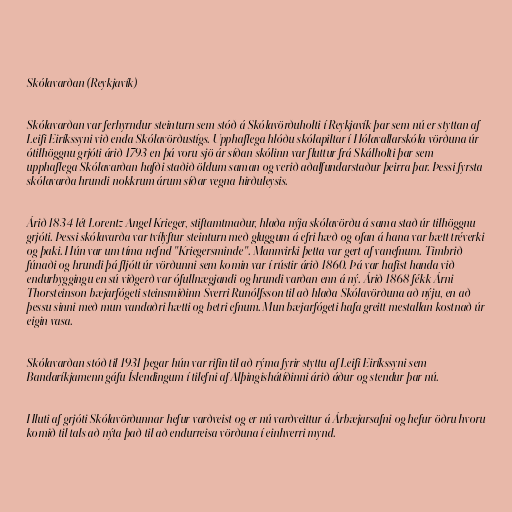
Skólavarðan (Reykjavík)

Skólavarðan var ferhyrndur steinturn sem stóð á Skólavörðuholti í Reykjavík þar sem nú er styttan af
Leifi Eiríkssyni við enda Skólavörðustígs. Upphaflega hlóðu skólapiltar í Hólavallarskóla vörðuna úr
ótilhöggnu grjóti árið 1793 en þá voru sjö ár síðan skólinn var fluttur frá Skálholti þar sem
upphaflega Skólavarðan hafði staðið öldum saman og verið aðalfundarstaður þeirra þar. Þessi fyrsta
skólavarða hrundi nokkrum árum síðar vegna hirðuleysis.

Árið 1834 lét Lorentz Angel Krieger, stiftamtmaður, hlaða nýja skólavörðu á sama stað úr tilhöggnu
grjóti. Þessi skólavarða var tvílyftur steinturn með gluggum á efri hæð og ofan á hana var bætt tréverki
og þaki. Hún var um tíma nefnd "Kriegersminde". Mannvirki þetta var gert af vanefnum. Timbrið
fúnaði og hrundi þá fljótt úr vörðunni sem komin var í rústir árið 1860. Þá var hafist handa við
endurbyggingu en sú viðgerð var ófullnægjandi og hrundi varðan enn á ný. Árið 1868 fékk Árni
Thorsteinson bæjarfógeti steinsmiðinn Sverri Runólfsson til að hlaða Skólavörðuna að nýju, en að
þessu sinni með mun vandaðri hætti og betri efnum. Mun bæjarfógeti hafa greitt mestallan kostnað úr
eigin vasa.

Skólavarðan stóð til 1931 þegar hún var rifin til að rýma fyrir styttu af Leifi Eiríkssyni sem
Bandaríkjamenn gáfu Íslendingum í tilefni af Alþingishátíðinni árið áður og stendur þar nú.

Hluti af grjóti Skólavörðunnar hefur varðveist og er nú varðveittur á Árbæjarsafni og hefur öðru hvoru
komið til tals að nýta það til að endurreisa vörðuna í einhverri mynd.